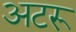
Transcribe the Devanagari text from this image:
अटरू